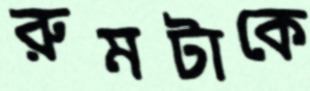
রুমটাকে